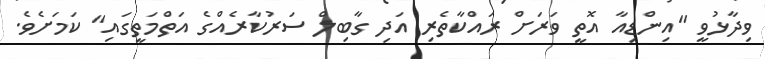
ވިދާޅުވީ "އިންޑިއާ އޮތީ ވަރަށް ރައްކާތެރި އަދި ގާބިލް ސަރުކާރެއްގެ އަތްމަތީގައި" ކަމަށެވެ.